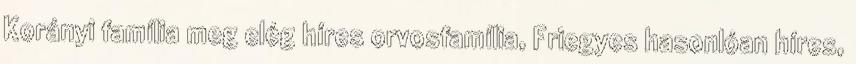
Korányi família meg elég híres orvosfamília, Friegyes hasonlóan híres,